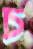
চ